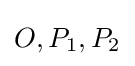
O,P_{1},P_{2}